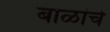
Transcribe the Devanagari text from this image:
बाळांचे